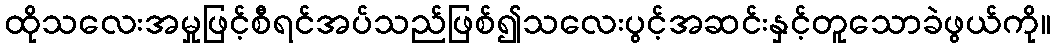
ထိုသလေးအမှုဖြင့်စီရင်အပ်သည်ဖြစ်၍သလေးပွင့်အဆင်းနှင့်တူသောခဲဖွယ်ကို။